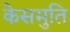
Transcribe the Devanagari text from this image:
केसमुति